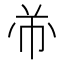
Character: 𱜣